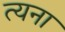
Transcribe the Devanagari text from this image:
त्यना